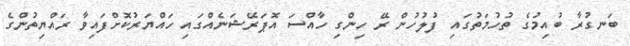
ބަނގުރާ ބުއިމުގެ ތުހުމަތުގައި ފުލުހުން ރޭ ހިންގި ހާއްސަ އޮޕަރޭޝަނެއްގައި ހައްޔަރުކޮށްފައިވާ ރައްޔިތުންގެ